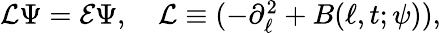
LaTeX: \begin{array}{r}{\mathcal{L}\Psi=\mathcal{E}\Psi,\quad\mathcal{L}\equiv(-\partial_{\ell}^{2}+B(\ell,t;\psi)),}\end{array}